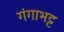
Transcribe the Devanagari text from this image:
गंगाभट्ट